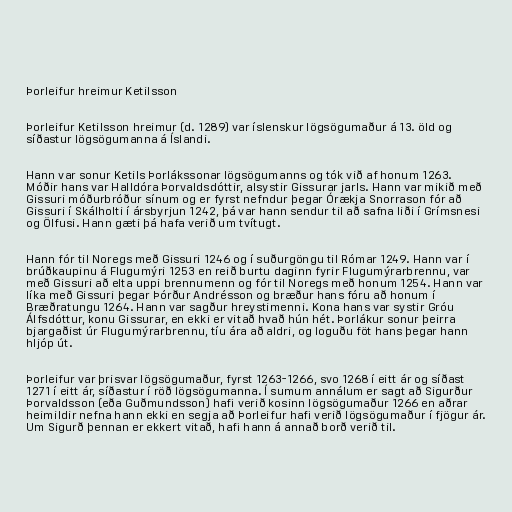
Þorleifur hreimur Ketilsson

Þorleifur Ketilsson hreimur (d. 1289) var íslenskur lögsögumaður á 13. öld og
síðastur lögsögumanna á Íslandi.

Hann var sonur Ketils Þorlákssonar lögsögumanns og tók við af honum 1263.
Móðir hans var Halldóra Þorvaldsdóttir, alsystir Gissurar jarls. Hann var mikið með
Gissuri móðurbróður sínum og er fyrst nefndur þegar Órækja Snorrason fór að
Gissuri í Skálholti í ársbyrjun 1242, þá var hann sendur til að safna liði í Grímsnesi
og Ölfusi. Hann gæti þá hafa verið um tvítugt.

Hann fór til Noregs með Gissuri 1246 og í suðurgöngu til Rómar 1249. Hann var í
brúðkaupinu á Flugumýri 1253 en reið burtu daginn fyrir Flugumýrarbrennu, var
með Gissuri að elta uppi brennumenn og fór til Noregs með honum 1254. Hann var
líka með Gissuri þegar Þórður Andrésson og bræður hans fóru að honum í
Bræðratungu 1264. Hann var sagður hreystimenni. Kona hans var systir Gróu
Álfsdóttur, konu Gissurar, en ekki er vitað hvað hún hét. Þorlákur sonur þeirra
bjargaðist úr Flugumýrarbrennu, tíu ára að aldri, og loguðu föt hans þegar hann
hljóp út.

Þorleifur var þrisvar lögsögumaður, fyrst 1263-1266, svo 1268 í eitt ár og síðast
1271 í eitt ár, síðastur í röð lögsögumanna. Í sumum annálum er sagt að Sigurður
Þorvaldsson (eða Guðmundsson) hafi verið kosinn lögsögumaður 1266 en aðrar
heimildir nefna hann ekki en segja að Þorleifur hafi verið lögsögumaður í fjögur ár.
Um Sigurð þennan er ekkert vitað, hafi hann á annað borð verið til.